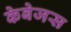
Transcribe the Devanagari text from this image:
केबेजस